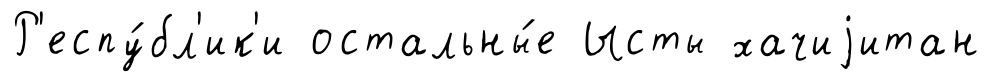
Р'еспу́бл'ик'и остальны́е Ысты хачиjитан